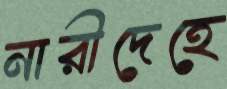
নারীদেহে